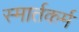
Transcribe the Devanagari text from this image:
स्मार्तकर्म